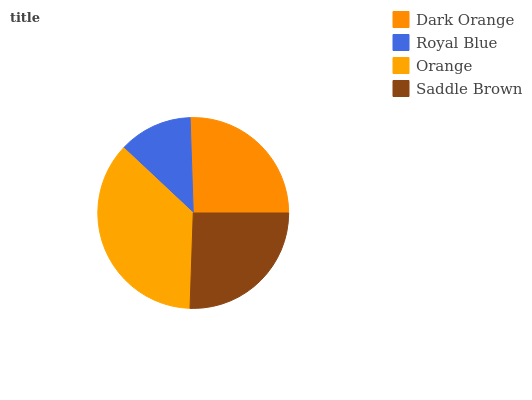
| Dark Orange | Royal Blue | Orange | Saddle Brown |
 | --- | --- | --- | --- |
 | 25.5% | 12.5% | 36.5% | 25.5% |